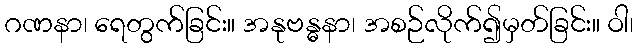
ဂဏနာ၊ ရေတွက်ခြင်း။ အနုဗန္ဓနာ၊ အစဉ်လိုက်၍မှတ်ခြင်း။ ဝါ၊